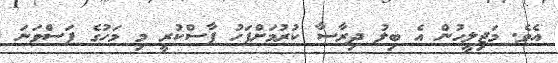
އެވެ. މަޖިލީހުން އެ ބިލު ދިރާސާ ކުރުމަށްފަހު ފާސްކުރީ މި މަހުގެ ފަސްވަނަ